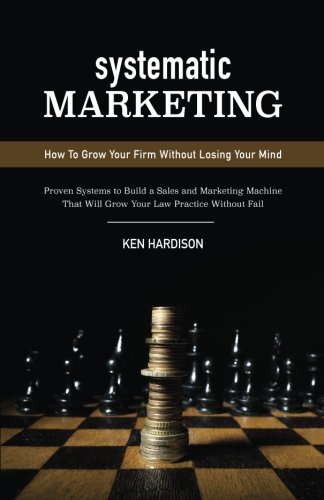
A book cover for Systematic Marketing: How To Grow Your Firm Without Losing Your Mind; Ken Hardison; Law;